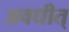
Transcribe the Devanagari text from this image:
अवधीत्‌